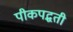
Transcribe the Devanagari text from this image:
पीकपद्धती